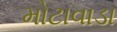
મોટાવાડા